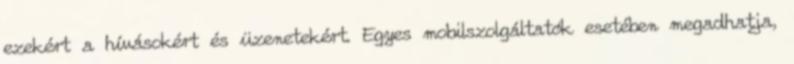
ezekért a hívásokért és üzenetekért. Egyes mobilszolgáltatók esetében megadhatja,